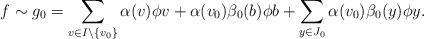
LaTeX: \begin{align*} f\sim g_0=\sum_{v\in I\setminus \{v_0\}} \alpha(v)\phi v+\alpha(v_0)\beta_0(b)\phi b + \sum_{y\in J_0}\alpha(v_0)\beta_0(y)\phi y.\end{align*}